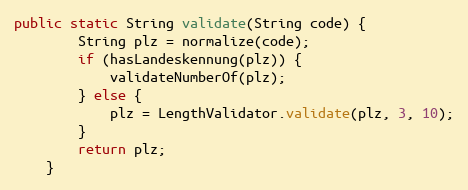
Language: Java
public static String validate(String code) {
        String plz = normalize(code);
        if (hasLandeskennung(plz)) {
            validateNumberOf(plz);
        } else {
            plz = LengthValidator.validate(plz, 3, 10);
        }
        return plz;
    }